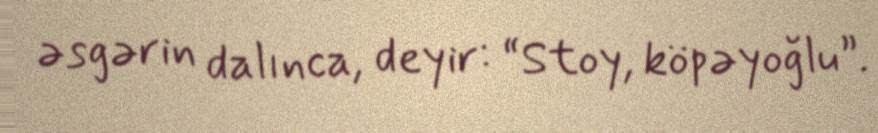
əsgərin dalınca, deyir: “Stoy, köpəyoğlu”.